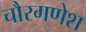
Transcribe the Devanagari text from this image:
चौरगणेश